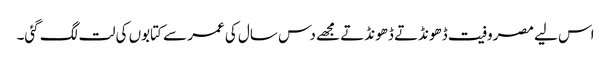
اس لیے مصروفیت ڈھونڈتے ڈھونڈتے مجھے دس سال کی عمر سے کتابوں کی لت لگ گئی۔